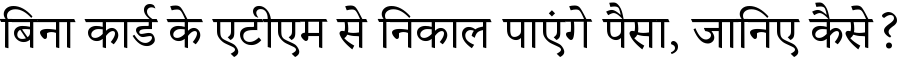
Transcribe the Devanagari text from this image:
बिना कार्ड के एटीएम से निकाल पाएंगे पैसा, जानिए कैसे?